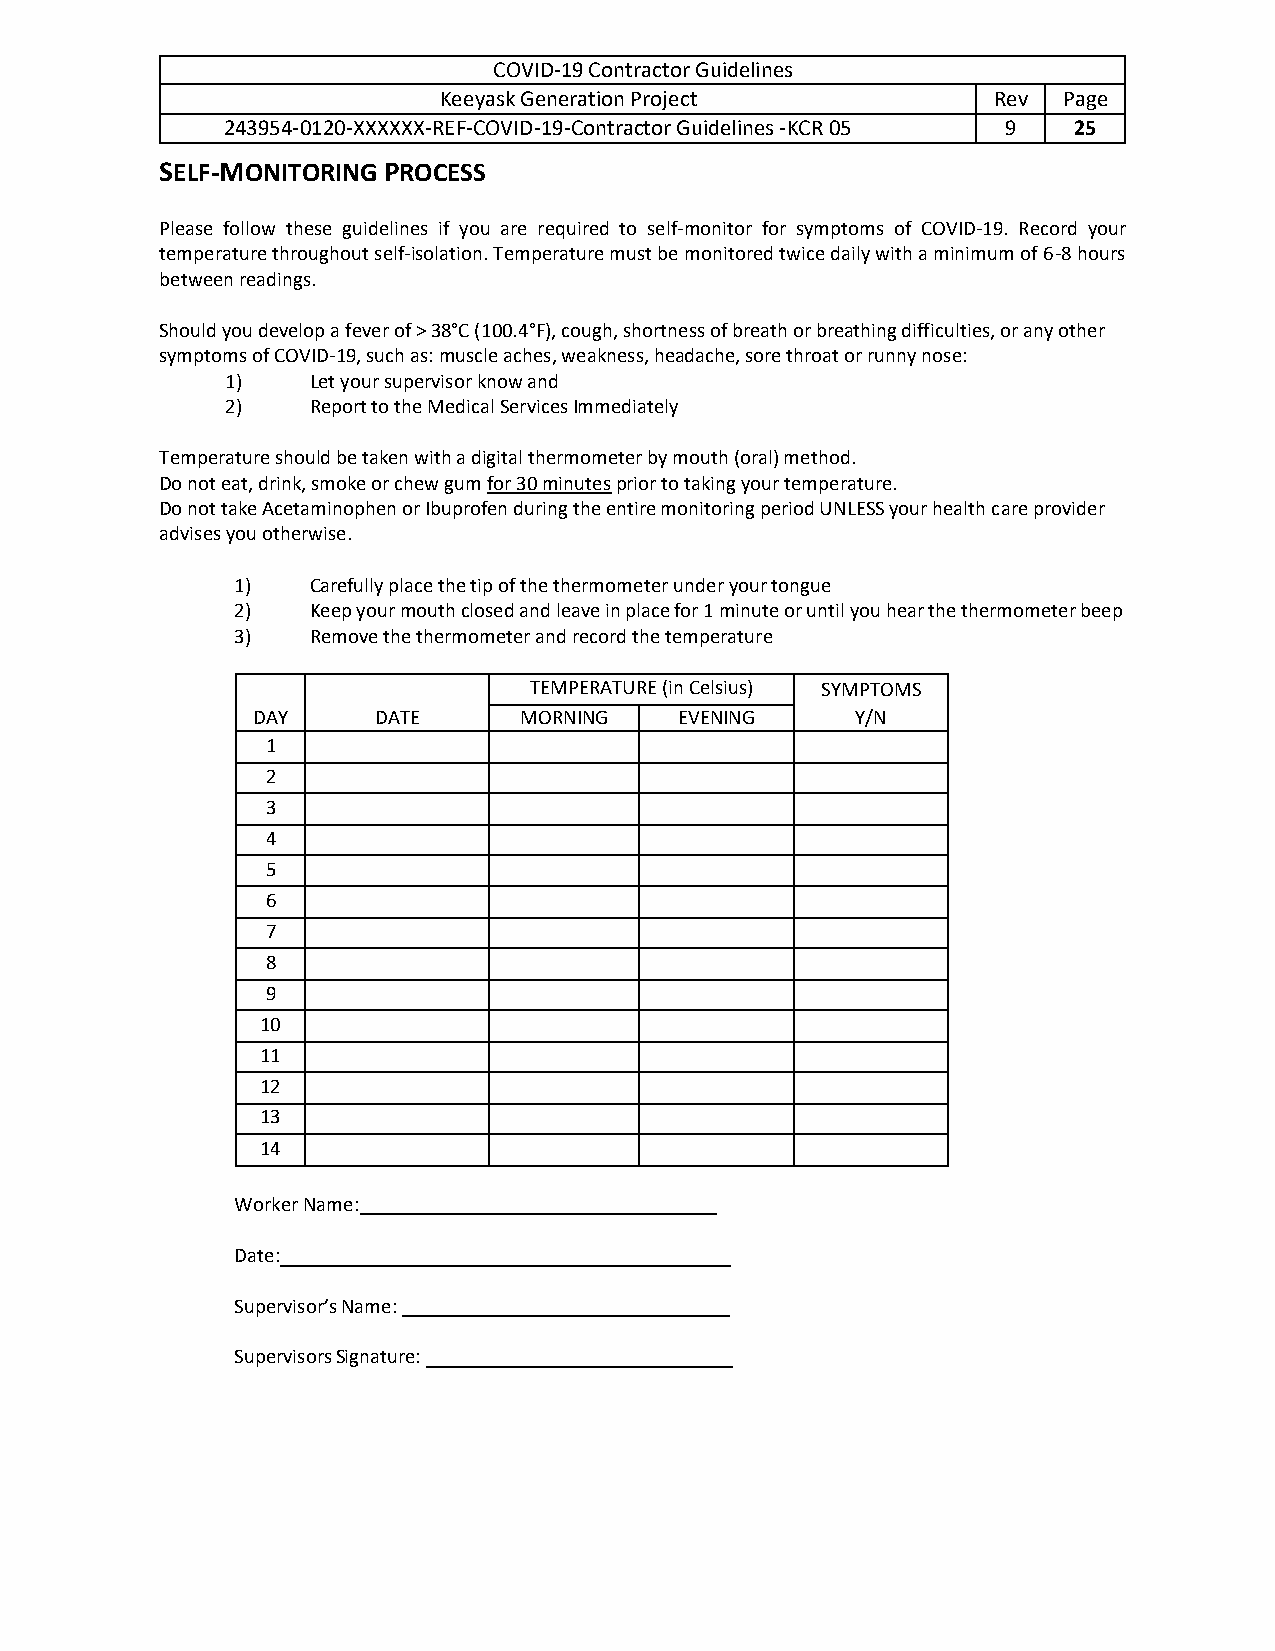
COVID-19 Contractor Guidelines
 Keeyask Generation Project           Rev Page
 243954-0120-XXXXXX-REF-COVID-19-Contractor Guidelines -KCR 05 9 25
 SELF-MONITORING PROCESS
 Please follow these guidelines if you are required to self-monitor for symptoms of COVID-19. Record your
 temperature throughout self-isolation. Temperature must be monitored twice daily with a minimum of 6-8 hours
 between readings.
 Should you develop a fever of > 38°C (100.4°F), cough, shortness of breath or breathing difficulties, or any other
 symptoms of COVID-19, such as: muscle aches, weakness, headache, sore throat or runny nose:
 1)   Let your supervisor know and
 2)   Report to the Medical Services Immediately
 Temperature should be taken with a digital thermometer by mouth (oral) method.
 Do not eat, drink, smoke or chew gum for 30 minutes prior to taking your temperature.
 Do not take Acetaminophen or Ibuprofen during the entire monitoring period UNLESS your health care provider
 advises you otherwise.
 1)  Carefully place the tip of the thermometer under your tongue
 2)  Keep your mouth closed and leave in place for 1 minute or until you hear the thermometer beep
 3)  Remove the thermometer and record the temperature
 TEMPERATURE (in Celsius) SYMPTOMS
 DAY     DATE     MORNING    EVENING     Y/N
 1
 2
 3
 4
 5
 6
 7
 8
 9
 10
 11
 12
 13
 14
 Worker Name:
 Date:
 Supervisor’s Name:
 Supervisors Signature: